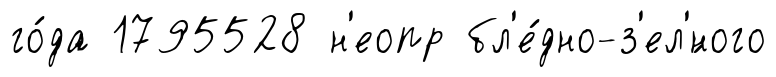
го́да 1795528 н'еопр бл'е́дно-з'ел'́ного